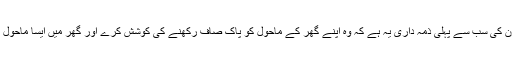
اس لیے میں یہ عرض کرنا چاہوں گا کہ ایک مسلم خاتون کی سب سے پہلی ذمہ داری یہ ہے کہ وہ اپنے گھر کے ماحول کو پاک صاف رکھنے کی کوشش کرے اور گھر میں ایسا ماحول بنائے جس میں بچوں کی ازخود تربیت ہوتی چلی جائے۔